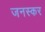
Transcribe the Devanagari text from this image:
जनस्‍कर